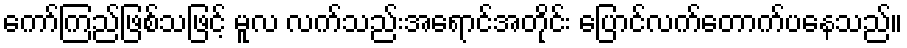
ကော်ကြည်ဖြစ်သဖြင့် မူလ လက်သည်းအရောင်အတိုင်း ပြောင်လက်တောက်ပနေသည်။